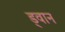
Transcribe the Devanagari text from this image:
ड्वान